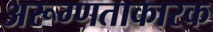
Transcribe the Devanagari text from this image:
अरूग्णताकारक